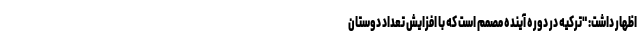
اظهار داشت: "ترکیه در دوره آینده مصمم است که با افزایش تعداد دوستان